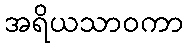
အရိယသာဝကာ